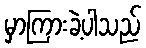
မှာကြားခဲ့ပါသည်